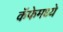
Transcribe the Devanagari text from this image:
कॅफेमध्ये